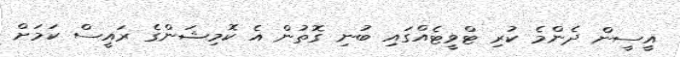
އީސީން ދެންމެ ކުރި ޓްވީޓެއްގައި ބުނި ގޮތުން އެ ކޮމިޝަންގެ ރައީސް ކަމަށް